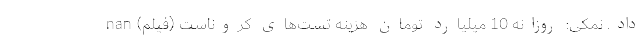
داد. نمکی: روزانه 10 میلیارد تومان هزینه تست‌های کروناست (فیلم) nan